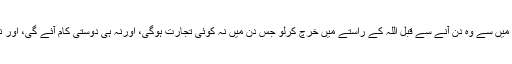
جو کچھ ہم نے تمہیں دیا ہے اس میں سے وہ دن آنے سے قبل اللہ کے راستے میں خرچ کرلو جس دن میں نہ کوئی تجارت ہوگی، اورنہ ہی دوستی کام آئے گی، اور نہ سفارش، اور کافر ہی ظالم ہیں۔